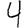
Digit: 4